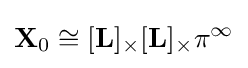
\mathbf {X} _{0}\cong [\mathbf {L} ]_{\times }[\mathbf {L} ]_{\times }\pi ^{\infty }